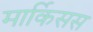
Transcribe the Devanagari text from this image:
मार्किसस